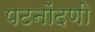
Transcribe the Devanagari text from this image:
पटनोंदणी